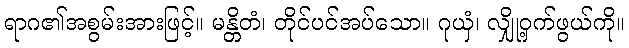
ရာဂ၏အစွမ်းအားဖြင့်။ မန္တိတံ၊ တိုင်ပင်အပ်သော။ ဂုယှံ၊ လျှို့ဝှက်ဖွယ်ကို။